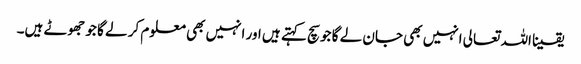
یقینا اللہ تعالی انہیں بھی جان لے گا جو سچ کہتے ہیں اور انہیں بھی معلوم کر لے گا جو جھوٹے ہیں۔